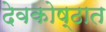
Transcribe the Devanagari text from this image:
देवकोष्ठात